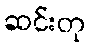
ဆင်းတု